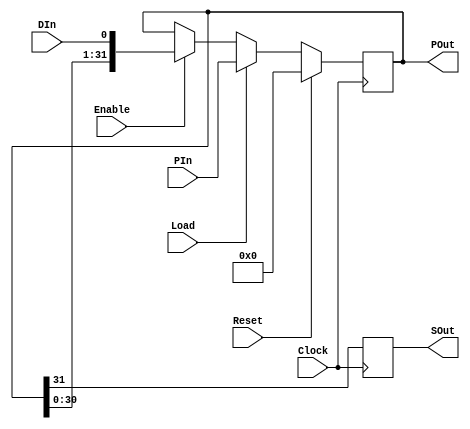
//Charlie Lin
//EECS150

//-----------------------------------------------------------------------
//	Module:		ShiftRegister
//	Behavior: Takes new input at DIn and places at Out[31]
// The other digits then get shifted so that Out[0] will always be the 
// input that's oldest
//-----------------------------------------------------------------------
module ShiftRegisterN64(PIn, DIn, POut, SOut, Load, Enable, Clock, Reset);
	//---------------------------------------------------------------
	//	Parameters
	//---------------------------------------------------------------
	parameter		width =		32;	// The parallel width
	//---------------------------------------------------------------

	//---------------------------------------------------------------
	//	I/O
	//---------------------------------------------------------------
	input		DIn;
	input 	[width-1:0]	PIn;
	output	[width-1:0]	POut;
	output	SOut;
	//---------------------------------------------------------------

	//---------------------------------------------------------------
	//	Control Inputs
	//---------------------------------------------------------------
	input			Load, Enable, Clock, Reset;
	//---------------------------------------------------------------

	//---------------------------------------------------------------
	//	Registers
	//---------------------------------------------------------------
	reg	[width-1:0]	POut;
	reg	SOut;
	//---------------------------------------------------------------

	//---------------------------------------------------------------
	//	Behavioral Shift Register Core
	//---------------------------------------------------------------
	always @ (posedge Clock) begin
		if (Reset) POut <=		{width{1'b0}};
		else if (Load) POut <=		PIn;
		else if (Enable) POut <=	{POut[width-2:0], DIn};
		
		SOut <= POut[width-1];
	end
	//---------------------------------------------------------------
endmodule
//-----------------------------------------------------------------------